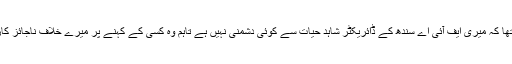
جس میں ان کا کہنا تھا کہ میری ایف آئی اے سندھ کے ڈائریکٹر شاہد حیات سے کوئی دشمنی نہیں ہے تاہم وہ کسی کے کہنے پر میرے خلاف ناجائز کارروائی کررہے ہیں۔